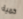
كمية